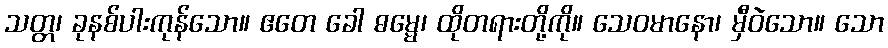
သတ္တ၊ ခုနစ်ပါးကုန်သော။ ဧတေ ခေါ ဓမ္မေ၊ ထိုတရားတို့ကို။ သေဝမာနော၊ မှီဝဲသော။ သော